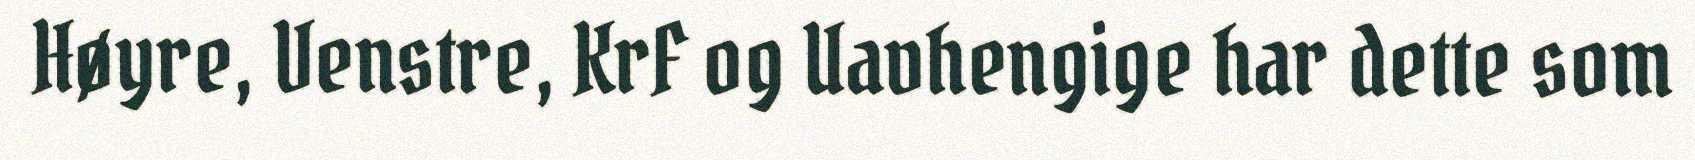
Høyre, Venstre, KrF og Uavhengige har dette som